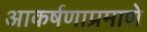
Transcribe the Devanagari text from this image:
आकर्षणाप्रमाणे